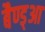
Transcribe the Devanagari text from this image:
बैण्ड्आ